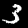
Digit: 3